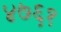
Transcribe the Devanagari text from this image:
४७६१